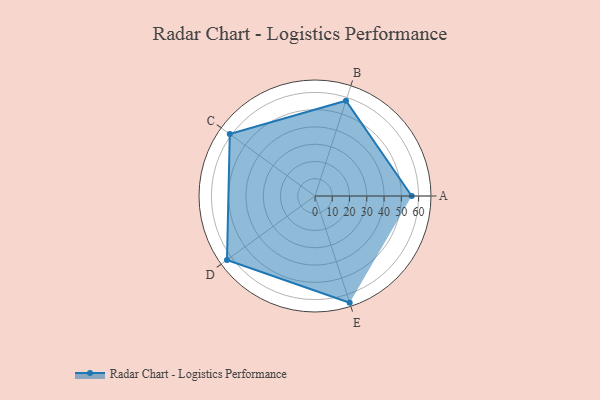
{"axis": {"x": "Skill", "y": "Score"}, "legend": ["Profile"], "data": [{"x": "A", "y": 56.0, "type": "Profile"}, {"x": "B", "y": 58.0, "type": "Profile"}, {"x": "C", "y": 61.0, "type": "Profile"}, {"x": "D", "y": 63.0, "type": "Profile"}, {"x": "E", "y": 65.0, "type": "Profile"}]}